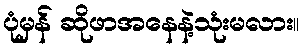
ပုံမှန် ဆိုဖာအနေနဲ့သုံးမလား။